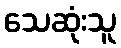
သေဆုံးသူ